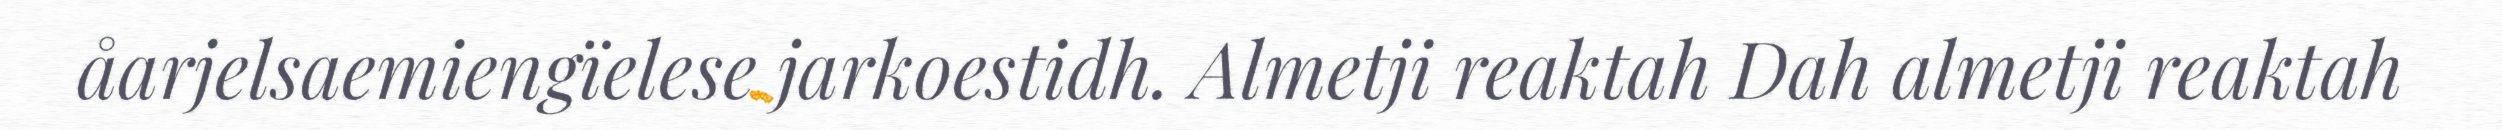
åarjelsaemiengïelese jarkoestidh. Almetji reaktah Dah almetji reaktah